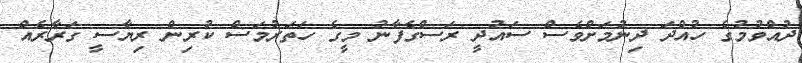
ދުއްވުމުގެ ހުއްދަ ދިނުމަށްވެސް ސައުދީ ރަސްގެފާނު މީގެ ހަތަރުމަސް ކުރިން ރިޔާސީ ގަރާރެއް